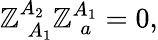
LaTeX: \mathbb{Z}_{\; A_{1}}^{A_{2}}\mathbb{Z}_{\; a}^{A_{1}}=0,